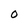
Character: O